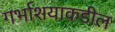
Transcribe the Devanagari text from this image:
गर्भाशयाकडील